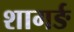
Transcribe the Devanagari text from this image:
शागर्ङ